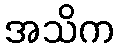
အသိက